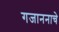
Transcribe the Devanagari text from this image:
गजाननाचे